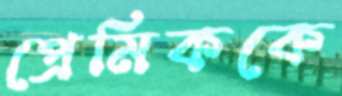
প্রেমিককে